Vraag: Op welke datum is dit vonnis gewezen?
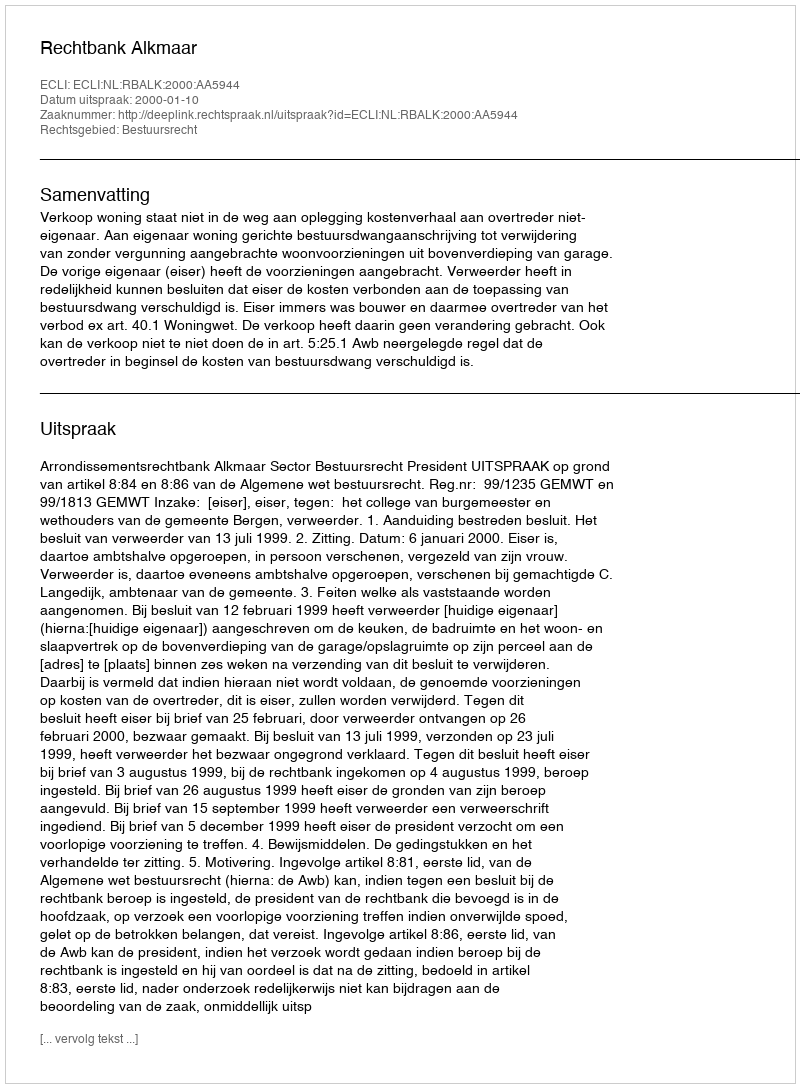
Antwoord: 2000-01-10